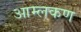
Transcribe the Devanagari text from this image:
आम्लकण